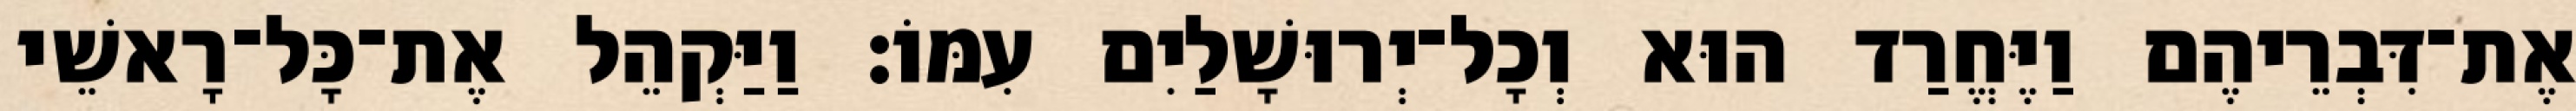
אֶת־דִּבְרֵיהֶם וַיֶּחֱרַד הוּא וְכָל־יְרוּשָׁלַיִם עִמּוֹ׃ וַיַּקְהֵל אֶת־כָּל־רָאשֵׁי